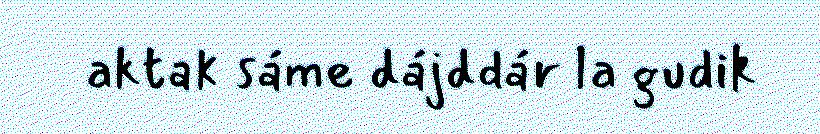
aktak sáme dájddár la gudik